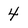
Character: 4